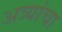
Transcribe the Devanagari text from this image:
अत्र्यांचा